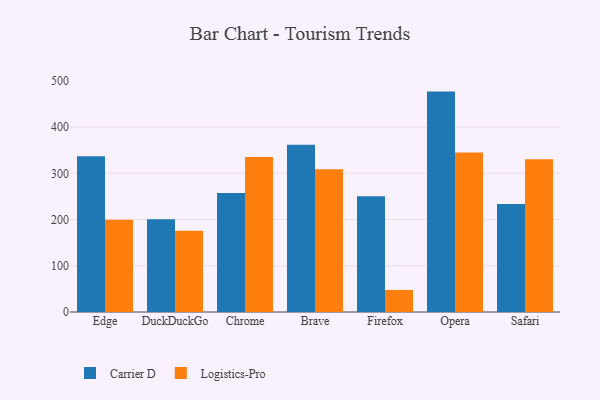
{"axis": {"x": "Browser", "y": "Website Visitors"}, "legend": ["Carrier D", "Logistics-Pro"], "data": [{"x": "Edge", "y": 336.7, "type": "Carrier D"}, {"x": "Edge", "y": 199.3, "type": "Logistics-Pro"}, {"x": "DuckDuckGo", "y": 200.4, "type": "Carrier D"}, {"x": "DuckDuckGo", "y": 175.8, "type": "Logistics-Pro"}, {"x": "Chrome", "y": 257.6, "type": "Carrier D"}, {"x": "Chrome", "y": 335.1, "type": "Logistics-Pro"}, {"x": "Brave", "y": 361.7, "type": "Carrier D"}, {"x": "Brave", "y": 308.7, "type": "Logistics-Pro"}, {"x": "Firefox", "y": 250.5, "type": "Carrier D"}, {"x": "Firefox", "y": 47.7, "type": "Logistics-Pro"}, {"x": "Opera", "y": 476.7, "type": "Carrier D"}, {"x": "Opera", "y": 345.0, "type": "Logistics-Pro"}, {"x": "Safari", "y": 233.5, "type": "Carrier D"}, {"x": "Safari", "y": 330.6, "type": "Logistics-Pro"}]}